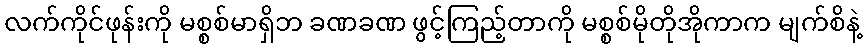
လက်ကိုင်ဖုန်းကို မစ္စစ်မာရှိဘ ခဏခဏ ဖွင့်ကြည့်တာကို မစ္စစ်မိုတိုအိုကာက မျက်စိနဲ့